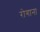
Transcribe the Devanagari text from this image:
रोगाना